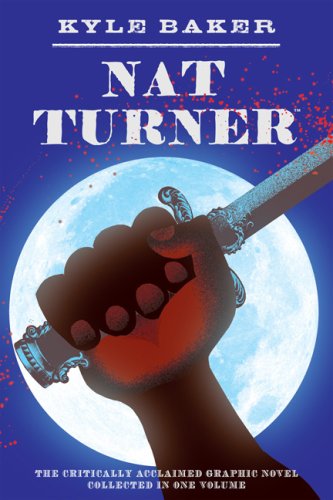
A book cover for Nat Turner; Kyle Baker; Comics & Graphic Novels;